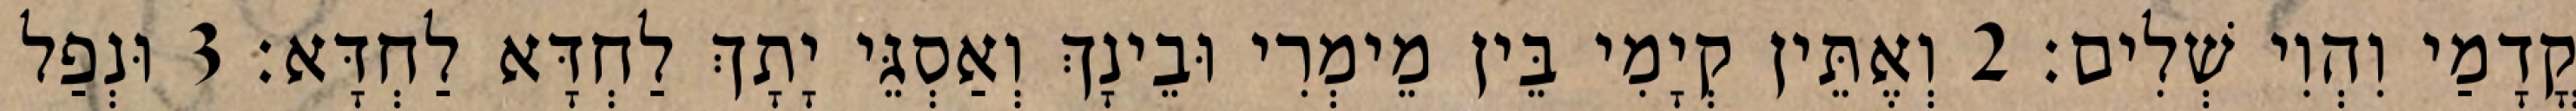
קֳדָמַי וִהְוִי שְׁלִים׃ 2 וְאֶתֵּין קְיָמִי בֵּין מֵימְרִי וּבֵינָךְ וְאַסְגֵּי יָתָךְ לַחְדָּא לַחְדָּא׃ 3 וּנְפַל